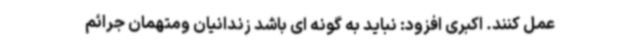
عمل کنند. اکبری افزود: نباید به گونه ای باشد زندانیان ومتهمان جرائم